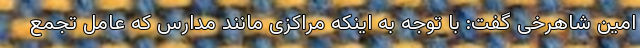
امین شاهرخی گفت: با توجه به اینکه مراکزی مانند مدارس که عامل تجمع